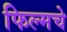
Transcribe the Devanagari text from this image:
फिल्मचे